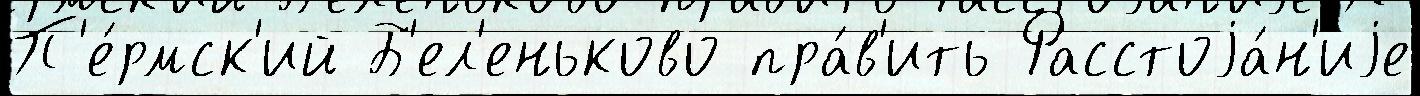
П'е́рмск'ий Б'ел'еньково пра́в'ить Расстоjа́н'иjе